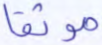
موثقا